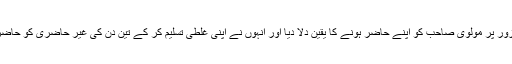
مذکورہ طالب علم نے آخر کار دلائل، ثبوت اور شواہد کے زور پر مولوی صاحب کو اپنے حاضر ہونے کا یقین دلا دیا اور انہوں نے اپنی غلطی تسلیم کر کے تین دن کی غیر حاضری کو حاضری میں بدل دیا اور نوجوان سے باقاعدہ معذرت بھی کردی۔